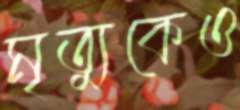
মৃত্যুকেও